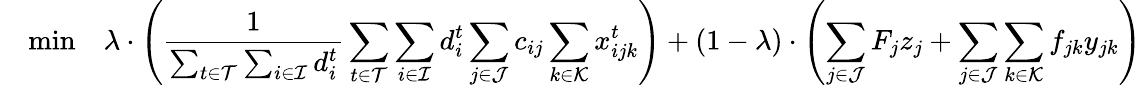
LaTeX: \quad\mathrm{min}\quad\lambda\cdot\left(\frac{1}{\sum_{t\in\mathcal{T}}\sum_{i\in\mathcal{I}}d_{i}^{t}}\sum_{t\in\mathcal{T}}\sum_{i\in\mathcal{I}}d_{i}^{t}\sum_{j\in\mathcal{J}}c_{ij}\sum_{k\in\mathcal{K}}x_{ijk}^{t}\right)+(1-\lambda)\cdot\left(\sum_{j\in\mathcal{J}}F_{j}z_{j}+\sum_{j\in\mathcal{J}}\sum_{k\in\mathcal{K}}f_{jk}y_{jk}\right)